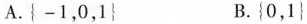
A. { -1，0，1 } B. { 0，1 }